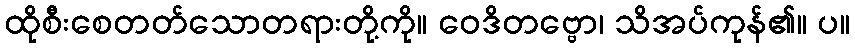
ထိုစီးစေတတ်သောတရားတို့ကို။ ဝေဒိတဗ္ဗော၊ သိအပ်ကုန်၏။ ပ။